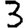
Digit: 3